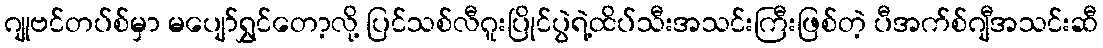
ဂျုဗင်တပ်စ်မှာ မပျော်ရွှင်တော့လို့ ပြင်သစ်လီဂူးပြိုင်ပွဲရဲ့ထိပ်သီးအသင်းကြီးဖြစ်တဲ့ ပီအက်စ်ဂျီအသင်းဆီ